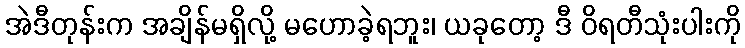
အဲဒီတုန်းက အချိန်မရှိလို့ မဟောခဲ့ရဘူး၊ ယခုတော့ ဒီ ဝိရတီသုံးပါးကို